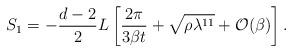
LaTeX: \begin{align*}S_1= -\frac{d-2}{2} L \left[ \frac{2\pi}{3\beta t} + \sqrt{\rho\lambda^{11}} + {\cal O} (\beta) \right].\end{align*}